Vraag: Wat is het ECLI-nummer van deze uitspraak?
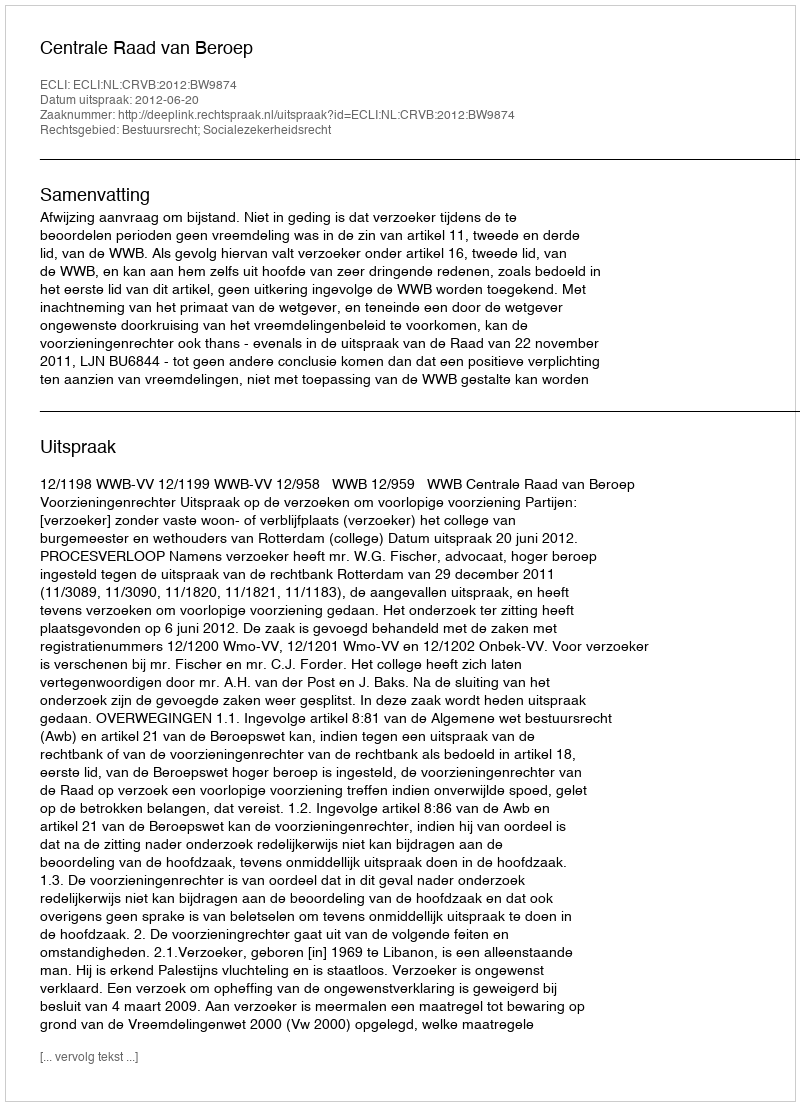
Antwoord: ECLI:NL:CRVB:2012:BW9874